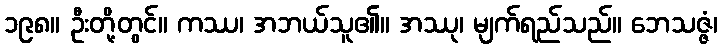
၁၉၈။ ဦးတို့တွင်။ ကဿ၊ အဘယ်သူ၏။ အဿု၊ မျက်ရည်သည်။ ဘေသဇ္ဇံ၊